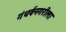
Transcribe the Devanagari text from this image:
गंधर्वनगरीला